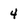
Character: 4